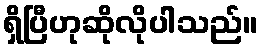
ရှိပြီဟုဆိုလိုပါသည်။